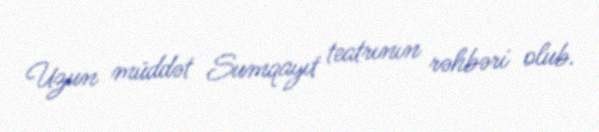
Uzun müddət Sumqayıt teatrının rəhbəri olub.